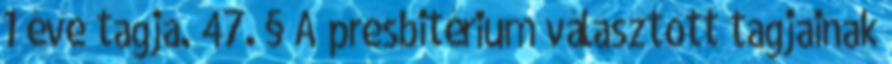
1 éve tagja. 47. § A presbitérium választott tagjainak